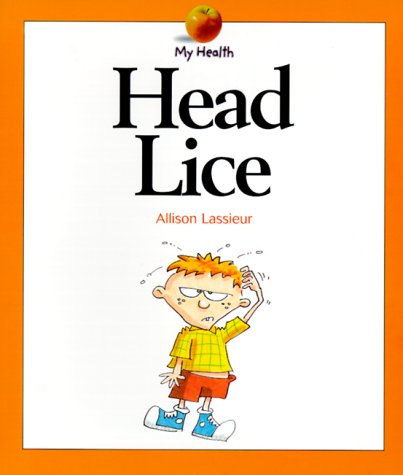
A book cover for Head Lice (My Health); Allison Lassieur; Health, Fitness & Dieting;